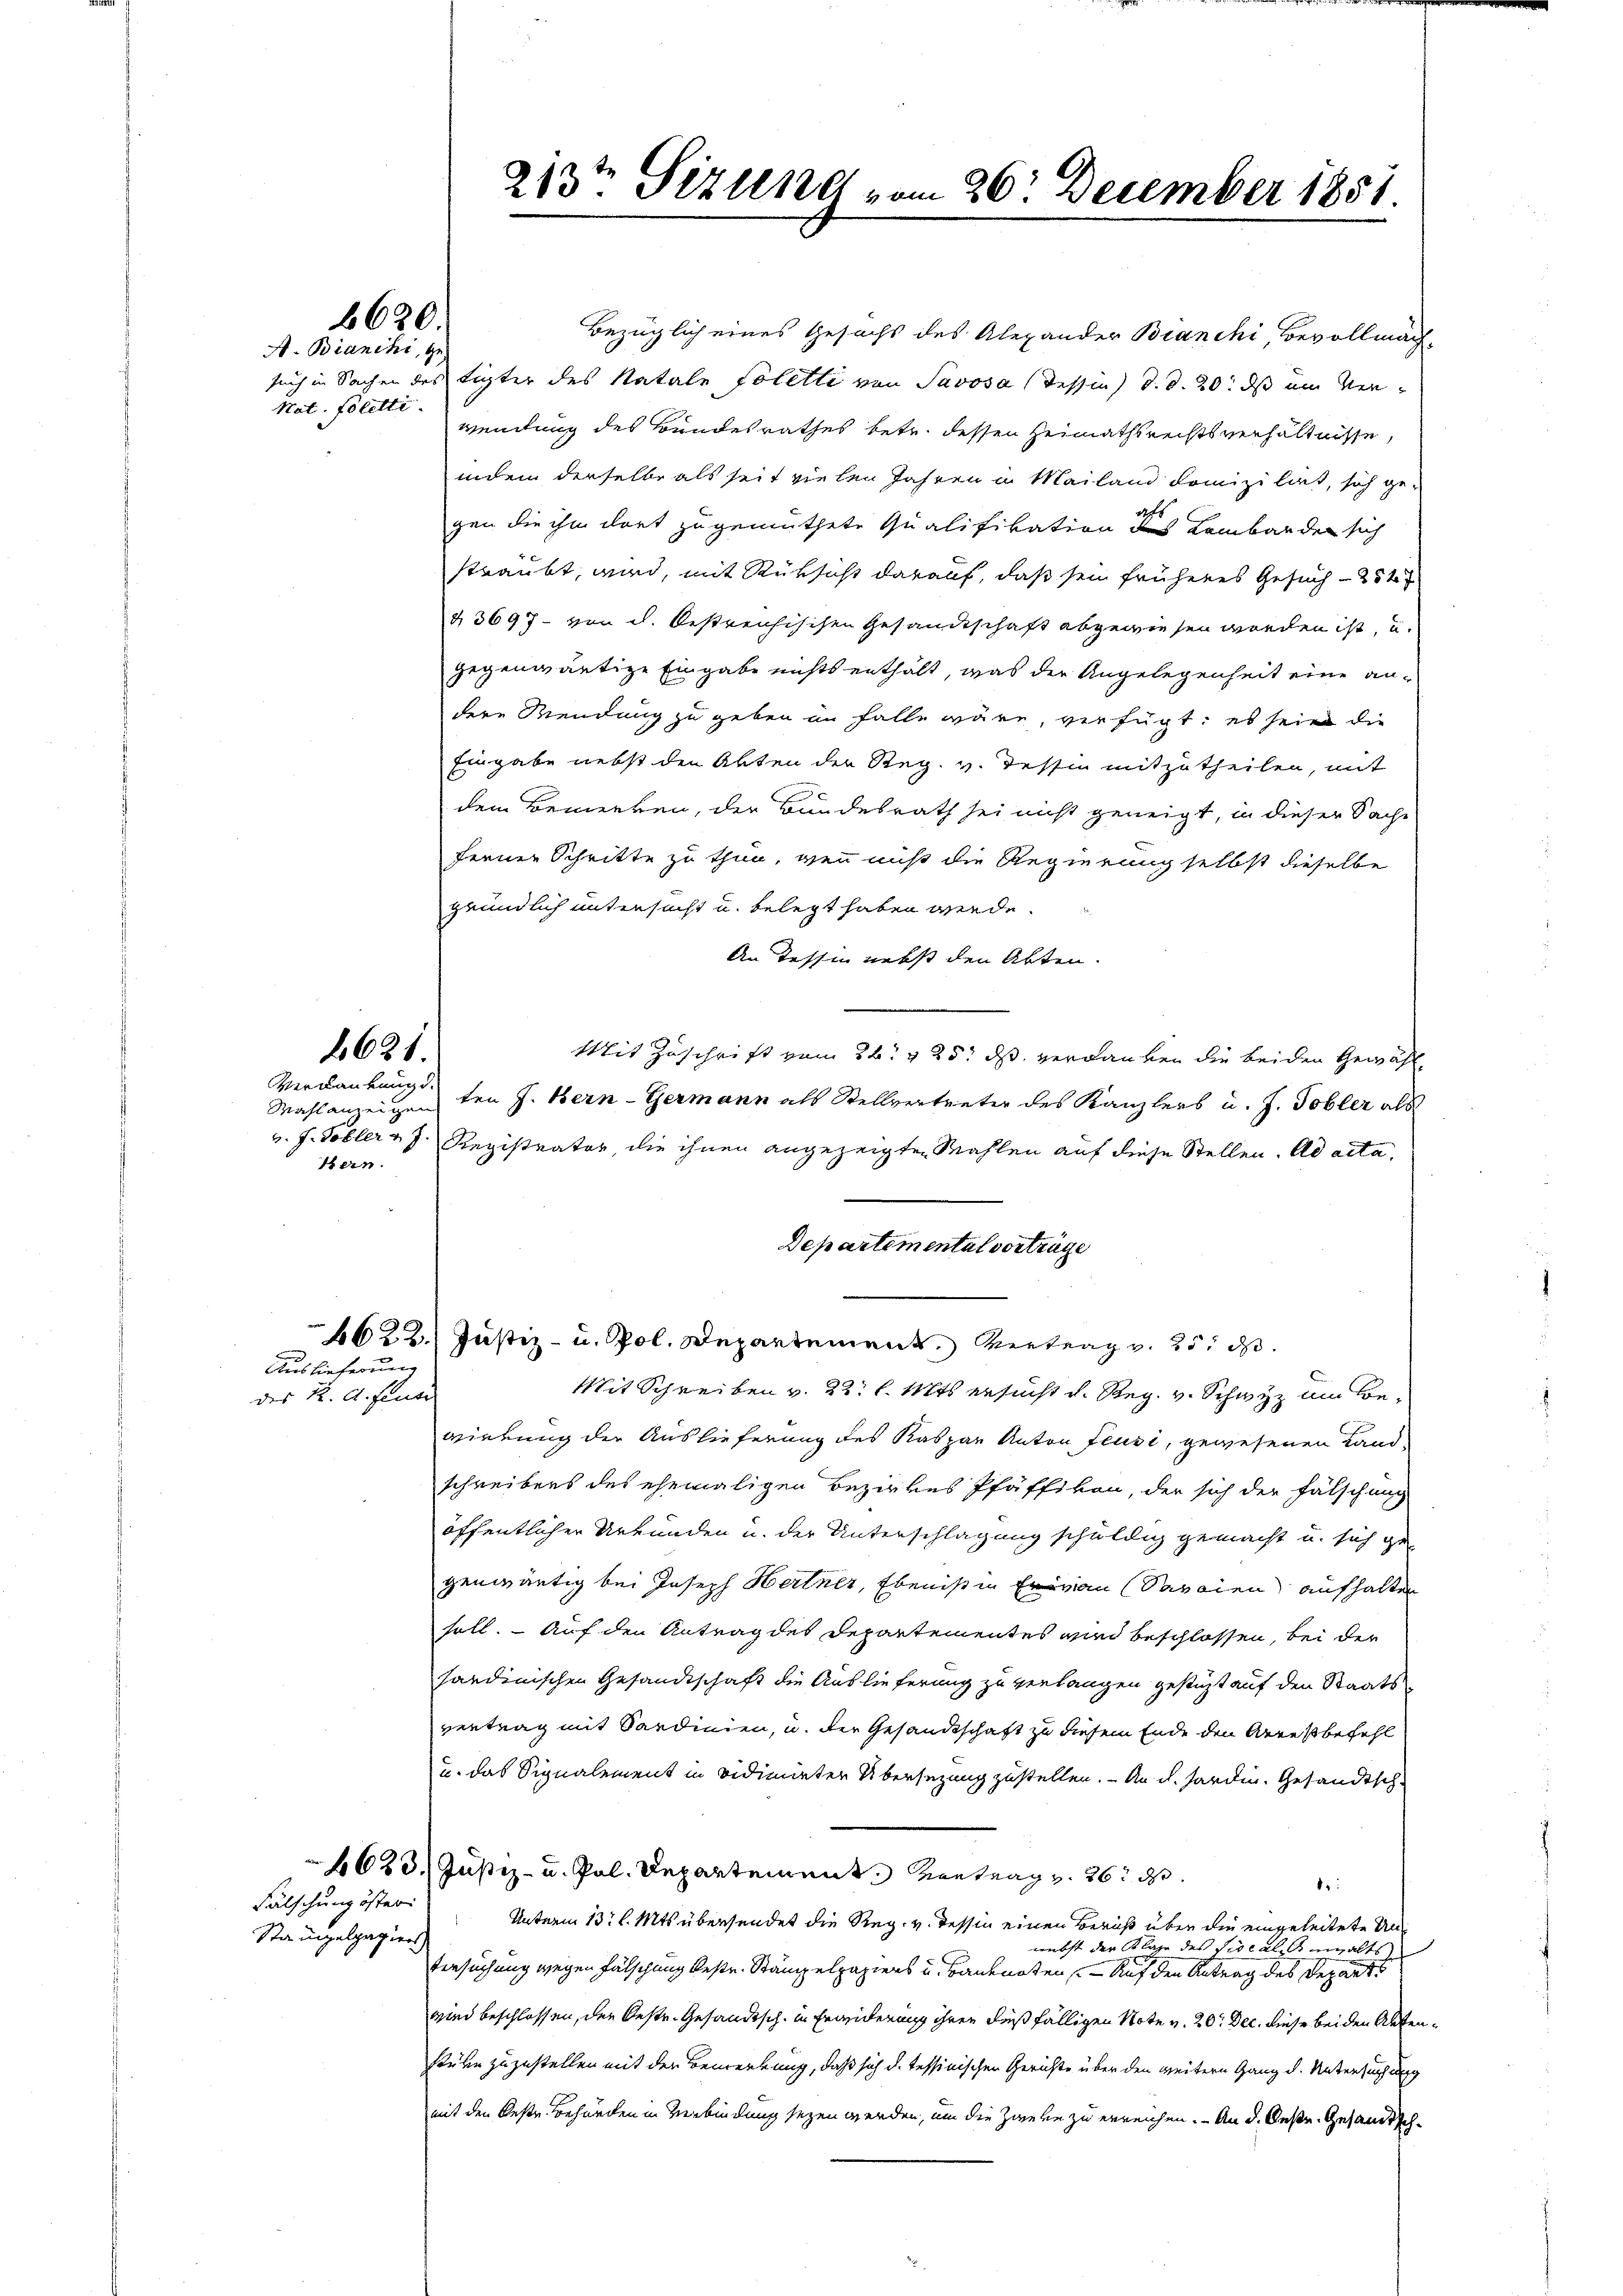
Nat. Poletti.

6620.
A. Bianchi, Ge

Verdankung.
ern.

2621.

Auslieferung
des K. A. Plane

Bezüglich eines Gesuchs des Alexander Branchi, Bevollmäch-
such in Sachen des tigter des Natale Poletti von Savosa (Tessin d. d. 20. ds um Verwendung des Bundesrathes betr. dessen Heimathsrechtsverhältnisse,
indem derselbe als seit vielen Jahren u. Mailand domizilirt, sich ge-
d
gen die ihn dort zugemuthete Qualifikation des Lombarden sich
straubt, wird, mit Rüksicht darauf, daß sein früheres Gesuch 254
&3697- von d. Oestreichischen Gesandtschaft abgewiesen worden ist, u.
gegenwärtige Eingabe nichts enthalt, was der Angelegenheit eine an-
dere Wendung zu geben im Falle wäre, verfügt, es sein die
Eingabe nebst den Abten der Reg. v. Tessin mitzutheilen, mit
dem Bemerken, der Bundesrath sei nicht geneigt, in dieser Sache
ferner Schritte zu thun, wenn nicht die Regierung selbst dieselbe
gründlich untersucht u. belegt haben werde.
An Tessin nebst den Akten.
Mit Zuschrift vom 26. v. 25. ds. verdanken die beiden Gewähl¬
Mahlten J. Bern-Germann als Stellvertreter des Kanzlers u. J. Tobler als
v. J. Tobler v. J. Registrator, die ihnen angezeigten Mahlen auf diese Stellen. ad acta
Departemental vortrüge
1622. Justiz- u. Pol. Departement. Vertrag v. 25. d.
Mit Schreiben v. 22. l. Mts. ersucht d. Reg. v. Schwyz am Bewirkung der Auslieferung des Kaspar Anton Feusi, gewesenen Land-
schreibens des ehemaligen Bezirkes Pfäffikon, der sich der Fälschung
öffentlicher Urkunden u. der Unterschlagung schuldig gemacht u. sich ge-
genwärtig bei Joseph Hertner, Eben ist in Frau Savaien aufhalten
soll. — Auf den Antrag des Departementes wird beschlossen, bei der
handinischen Gesandtschaft die Auslieferung zu verlangen gestigt auf den Staatsvertrag mit Sardinien, u. der Gesandtschaft zu diesem Ende den Arrestbefehl
u. das Signalement in vidimieter Übersezung zustellen. - An d. Harden. Gesandtsch-
4623. Justiz- u. Pol. Departement. Vortrag v. 26. d.
:
Unterm 13t l. Mts. übersendet die Reg. v. dessin einen Beruht über die eingeleitete Unwebst der es des Sideale einhalts
Versuchung wegen Fälschung bestr. Stampelpapiers u. Banknoten Auf den Antrag des Depart
wird beschlossen, der Oestr. Gesandtsch. in Erwiderung ihren dießfälligen Note v. 20. Dec. diese beiden Aufenstüke zuzustellen mit der Bemerkung, daß sich d. Tessinischen Gerichte über den weitern Gang d. Untersuchung
mit den Bestr. Behörden in Verbindung seyen werden, um die Zweke zu erreichen. - An d. Oese. Gesandtsch¬

Fälschung öster
Stampelpapier

213ten Sizung vom 26. December 1851.